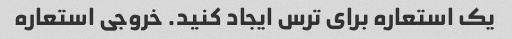
یک استعاره برای ترس ایجاد کنید. خروجی استعاره